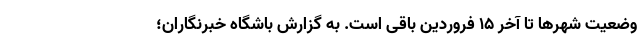
وضعیت شهر‌ها تا آخر ۱۵ فروردین باقی است. به گزارش باشگاه خبرنگاران؛